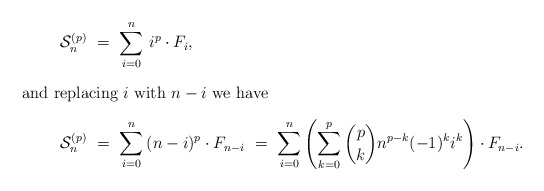
\begin{align*} \mathcal{S}_n^{(p)} \ &= \ \sum_{i=0}^{n} \, i^p \cdot F_{i},\\\intertext{and replacing $i$ with $n-i$ we have} \mathcal{S}_n^{(p)} \ &= \ \sum_{i=0}^{n} \, (n-i)^p \cdot F_{n-i} \ = \ \sum_{i=0}^{n} \left( \sum_{k=0}^p \binom{p}{k} n^{p-k}(-1)^k i^k\right) \cdot F_{n-i}.\end{align*}